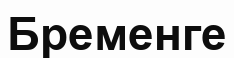
Бременге